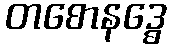
တစောနဒ္ဓေ